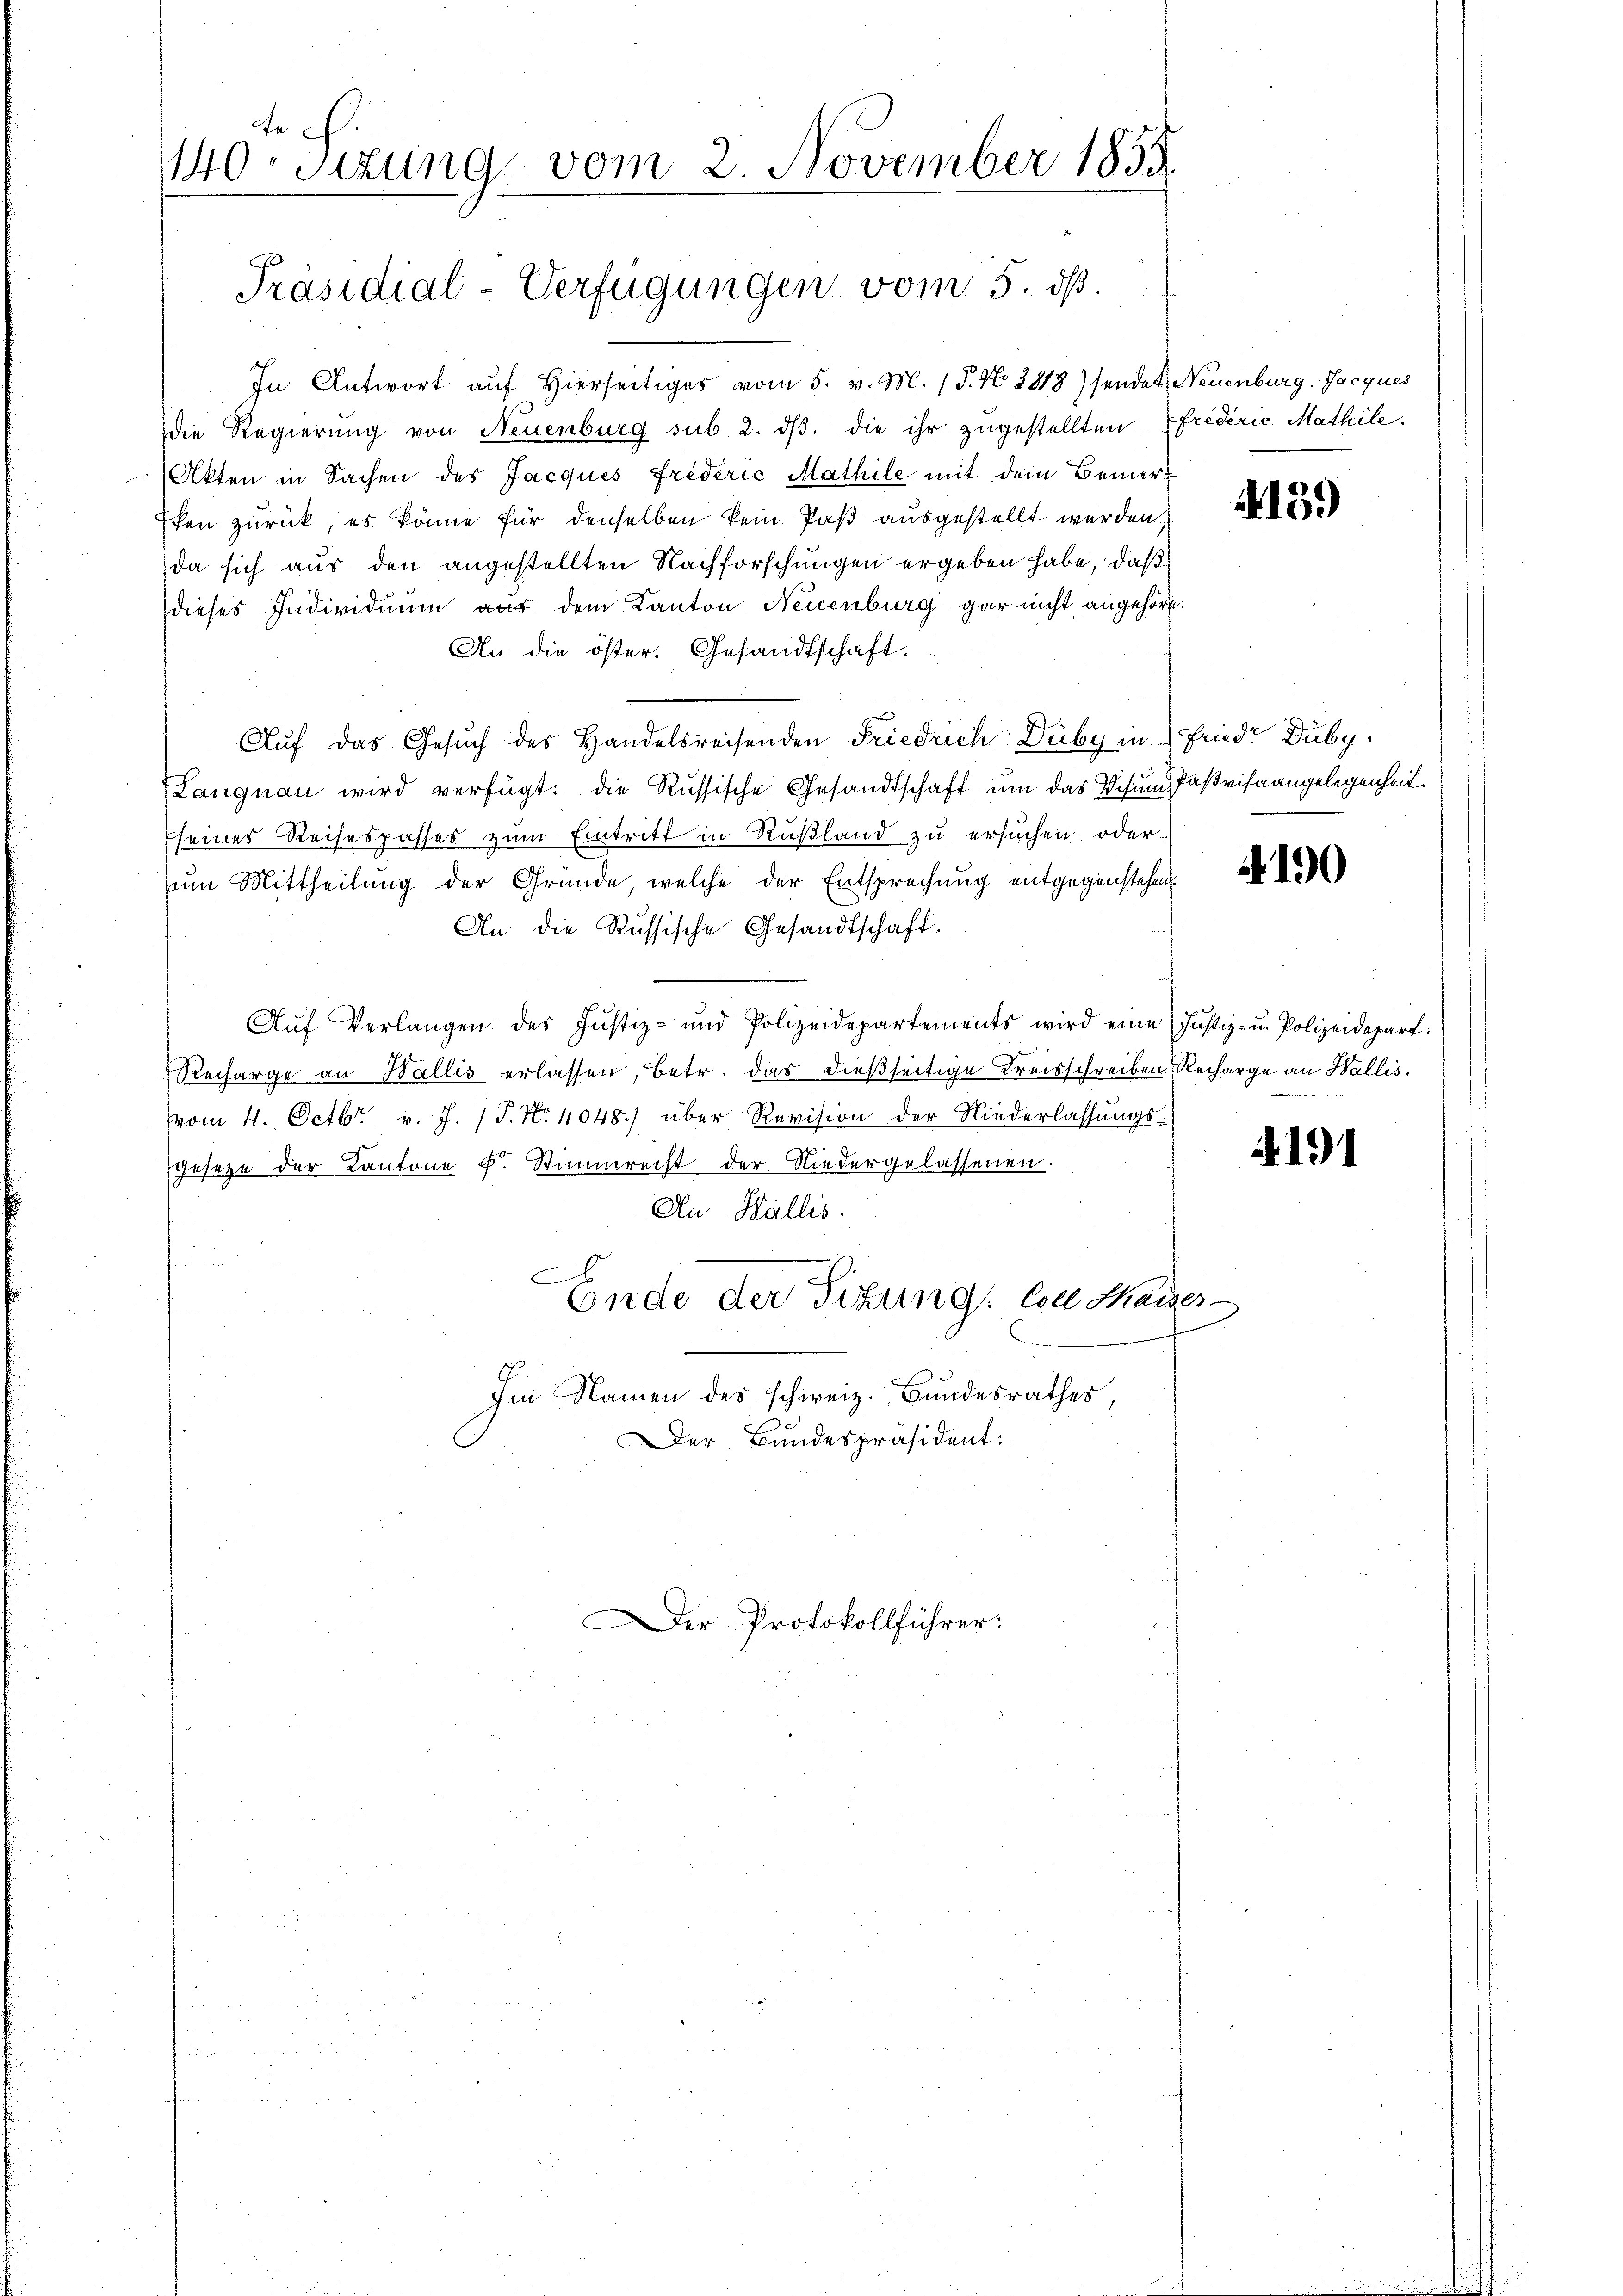
Fe
140 sizung vom 2. November 1855.

Präsidial-Verfügungen vom 5. ds.

Der Protokollführer:

In Antwort auf Hierseitiges vom 5. v. M. 15. No. 2813) sendet Neuenburg, Jacques
die Regierung von Neuenburg sub 2. dβ. die ihr zugestellten Efrideric Mathile.
Akten in Sachen des Jacques Frederie Mathile mit dem Bemer¬
Ehen zurück, es könne für denselben kein Paß ausgestellt werden,
da sich aus den angestellten Nachforschungen ergeben habe, daß
dieses Individuum aus dem Kanton Neuenburg gar nicht angehört.
An die öster. Gesandtschaft.
Auf das Gesŭch des Handelsreisenden Friedrich Duby in Fried. Duby.
Langnau wird verfügt: die Russische Gesandtschaft um das Visum Paßvisnangelegenheit.
seines Reisespasses zum Eintritt in Rußland zu ersuchen oder
zum Mittheilung der Gründe, welche der Entsprechung entgegenstehen
An die Russische Gesandtschaft.
Aŭf Verlangen des Justiz- und Polizeidepartements wird eine Justiz- u. Polizeidepart:
Recharge an Wallis erlassen, betr. das dießseitige Kreisschreiben Recharge an Wallis.
vom 4. Octbr. v. J. 17. No. 4048.) über Revision der Niederlassungs-
geseze der Kantone k. Stimmrecht der Niedergelassenen.
An Wallis.
D
Ende der Sitzung. Coll Marges
Im Namen des schweiz. Bundesrathes,
Der Bundespräsident:

4139

4190

4191